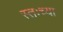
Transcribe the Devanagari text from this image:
स्तःच्या